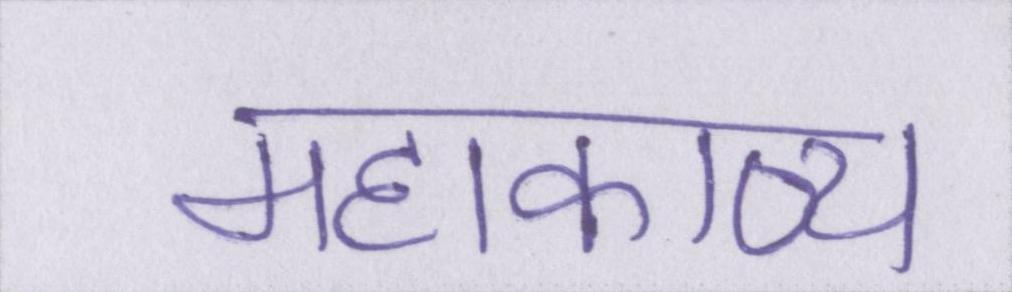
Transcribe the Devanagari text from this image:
महाकाव्य